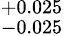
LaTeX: ^{+0.025}_{-0.025}